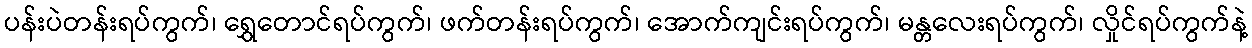
ပန်းပဲတန်းရပ်ကွက်၊ ရွှေတောင်ရပ်ကွက်၊ ဖက်တန်းရပ်ကွက်၊ အောက်ကျင်းရပ်ကွက်၊ မန္တလေးရပ်ကွက်၊ လှိုင်ရပ်ကွက်နဲ့